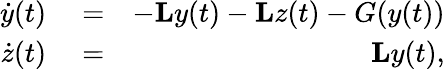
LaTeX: \begin{array}{rlr}{\dot{y}(t)}&{{}=}&{-\mathbf{L}y(t)-\mathbf{L}z(t)-G(y(t))}\\ {\dot{z}(t)}&{{}=}&{\mathbf{L}y(t),}\end{array}